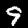
Digit: 9